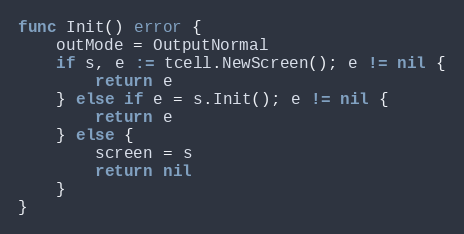
Language: Go
func Init() error {
	outMode = OutputNormal
	if s, e := tcell.NewScreen(); e != nil {
		return e
	} else if e = s.Init(); e != nil {
		return e
	} else {
		screen = s
		return nil
	}
}